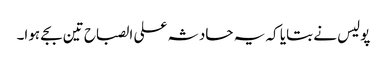
پولیس نے بتایا کہ یہ حادثہ علی الصباح تین بجے ہوا۔